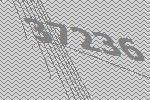
37236